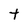
Character: t